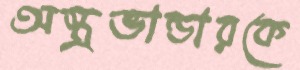
অস্ত্রভান্ডারকে